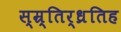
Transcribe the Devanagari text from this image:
स्म्र्तिर्ध्रतिह